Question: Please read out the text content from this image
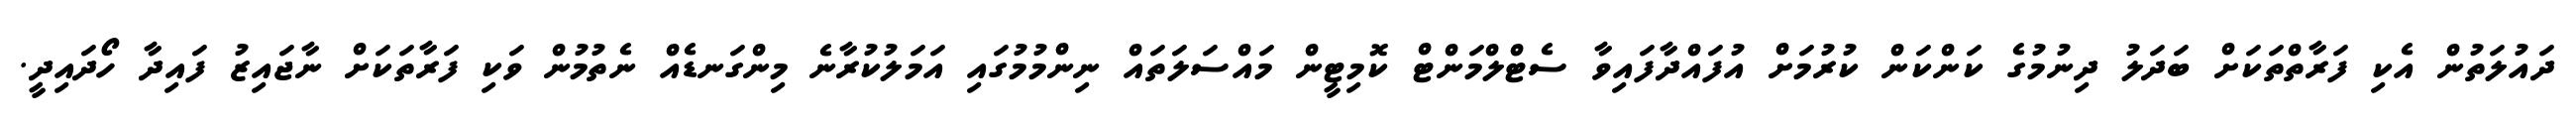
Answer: ދައުލަތުން އެކި ފަރާތްތަކަށް ބަދަލު ދިނުމުގެ ކަންކަން ކުރުމަށް އުފައްދާފައިވާ ސެޓްލްމަންޓް ކޮމިޓީން މައްސަލަތައް ނިންމުމުގައި އަމަލުކުރާނެ މިންގަނޑެއް ނެތުމުން ވަކި ފަރާތަކަށް ނާޖައިޒު ފައިދާ ހޯދައިދީ.